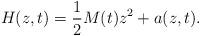
LaTeX: \begin{align*}H(z,t)=\frac{1}{2}M(t)z^{2}+a(z,t).\end{align*}